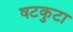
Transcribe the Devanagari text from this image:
षटकुटा